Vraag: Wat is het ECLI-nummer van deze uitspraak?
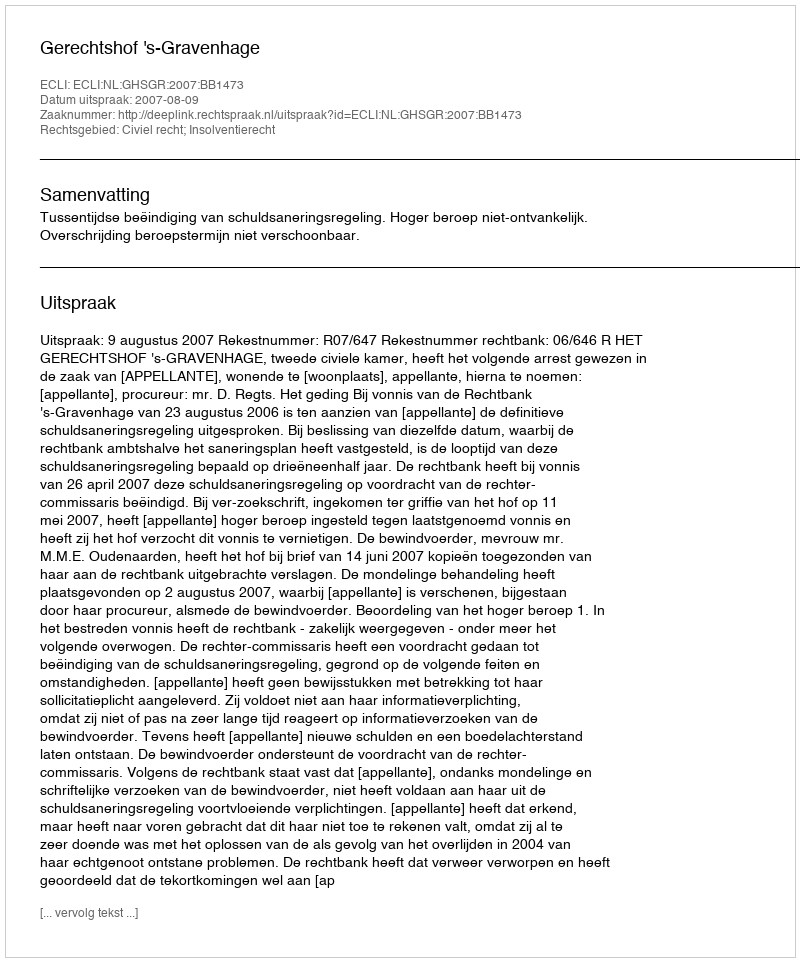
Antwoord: ECLI:NL:GHSGR:2007:BB1473